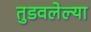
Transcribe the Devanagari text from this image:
तुडवलेल्या